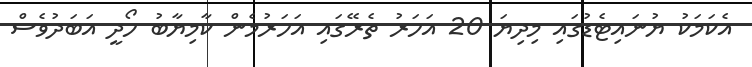
އެކަމަކު ޔުނައިޓެޑުގައި މިދިޔަ 20 އަހަރު ތެރޭގައި އަހަރުމެން ކާމިޔާބު ހޯދީ އަބަދުވެސް